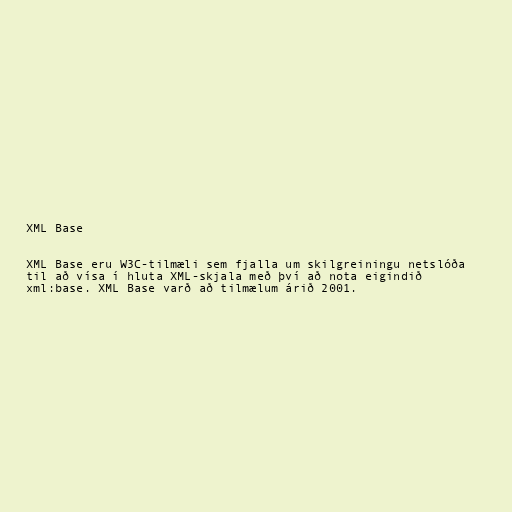
XML Base

XML Base eru W3C-tilmæli sem fjalla um skilgreiningu netslóða
til að vísa í hluta XML-skjala með því að nota eigindið
xml:base. XML Base varð að tilmælum árið 2001.